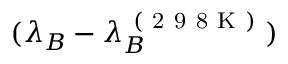
( \lambda _ { B } - \lambda _ { B } ^ { \mathrm { ~ ( ~ 2 ~ 9 ~ 8 ~ K ~ ) ~ } } )